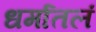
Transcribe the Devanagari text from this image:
धर्मातलं